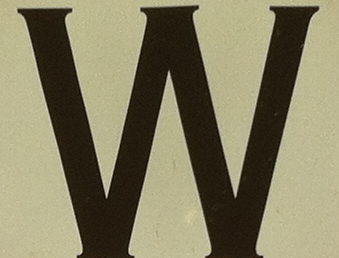
W